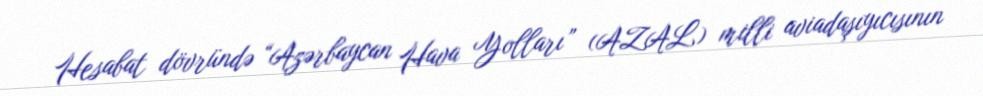
Hesabat dövründə “Azərbaycan Hava Yolları” (AZAL) milli aviadaşıyıcısının